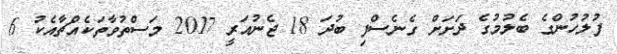
ފުލުހުންގެ ބެލުމުގެ ދަށަށް ގެނެސްފި ބުދަ 18 ޖެނުއަރީ 2017 މަސްތުވާތަކެއްޗާއެކު 6